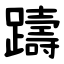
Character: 躊